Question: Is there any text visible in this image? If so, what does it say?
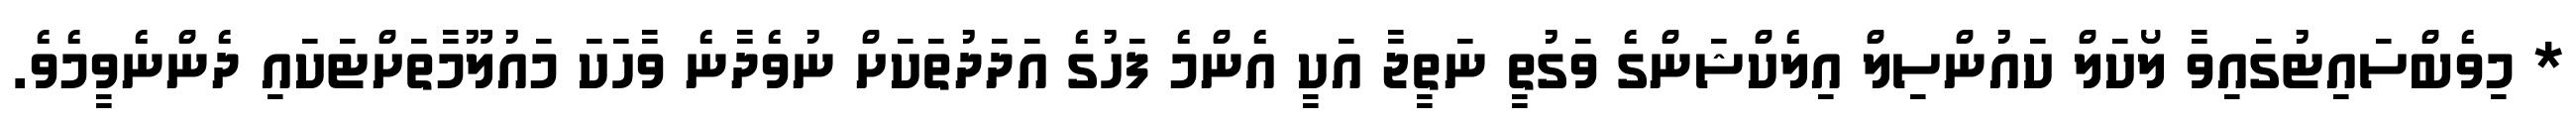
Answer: * މިވެބްސައިޓުގައިވާ ލޯކަލް ކައުންސިލް އިލެކްޝަންގެ ވަގުތީ ނަތީޖާ އަކީ އެންމެ ފަހުގެ އަދަދުތަކަށް ނުވެދާނެ ވާހަކަ މައުލޫމާތަށްޓަކައި ދެންނެވީމެވެ.